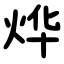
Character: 烨